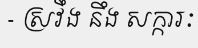
- ស្រវឹង នឹង សក្ការៈ